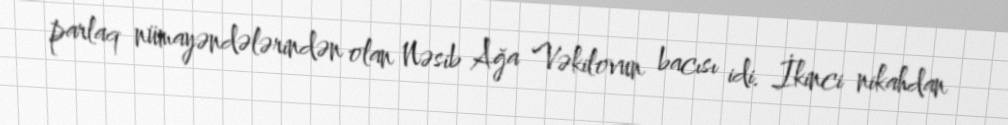
parlaq nümayəndələrindən olan Nəsib Ağa Vəkilovun bacısı idi. İkinci nikahdan